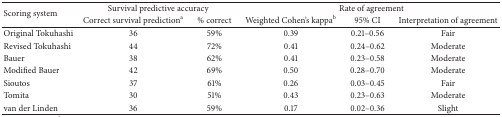
| <ROWSPAN=2> Scoring system | <COLSPAN=2> Survival predictive accuracy | <COLSPAN=3> Rate of agreement |
 | Correct survival predictiona | % correct | Weighted Cohen's kappab | 95% CI | Interpretation of agreement |
 | --- | --- | --- | --- | --- | --- |
 | Original Tokuhashi | 36 | 59% | 0.39 | 0.21–0.56 | Fair |
 | Revised Tokuhashi | 44 | 72% | 0.41 | 0.24–0.62 | Moderate |
 | Bauer | 38 | 62% | 0.41 | 0.23–0.58 | Moderate |
 | Modified Bauer | 42 | 69% | 0.50 | 0.28–0.70 | Moderate |
 | Sioutos | 37 | 61% | 0.26 | 0.03–0.45 | Fair |
 | Tomita | 30 | 51% | 0.43 | 0.23–0.63 | Moderate |
 | van der Linden | 36 | 59% | 0.17 | 0.02–0.36 | Slight |